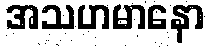
အသဟမာနော